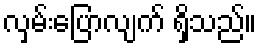
လှမ်းပြောလျက် ရှိသည်။